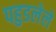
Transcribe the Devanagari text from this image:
पहुडलेले